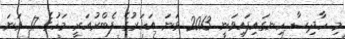
މި ހާދިސާ ހިނގައިފައިވަނީ 2013 ވަނަ އަހަރުގެ ފެބްރުއަރީ މަހުގެ 17 ވަނަ